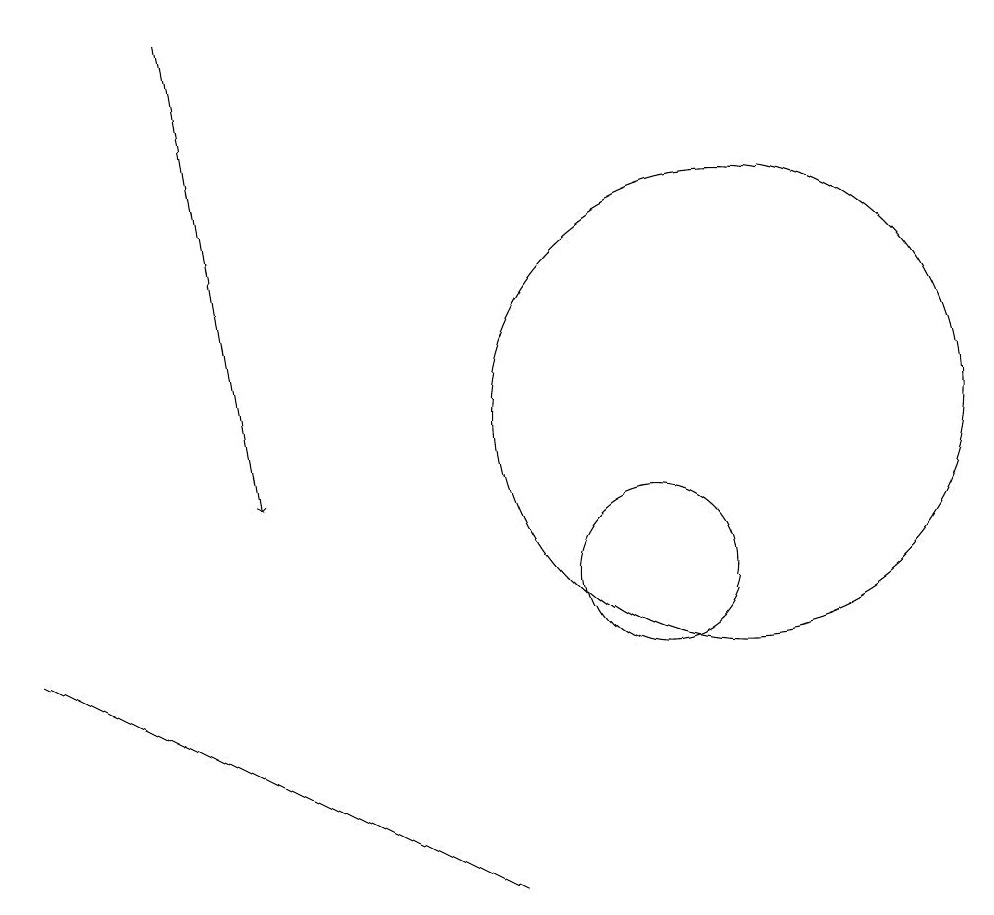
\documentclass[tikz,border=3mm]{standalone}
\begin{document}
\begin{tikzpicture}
\draw (11,12) circle (3);
\draw (2,9) -- (8,6) -- (6,7) -- cycle;
\draw (10,10) circle (1);
\draw[->] (4,17) -- (5,11);
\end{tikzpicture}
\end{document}